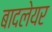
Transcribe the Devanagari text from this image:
बादलेयर